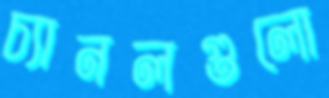
চ্যানলগুলো